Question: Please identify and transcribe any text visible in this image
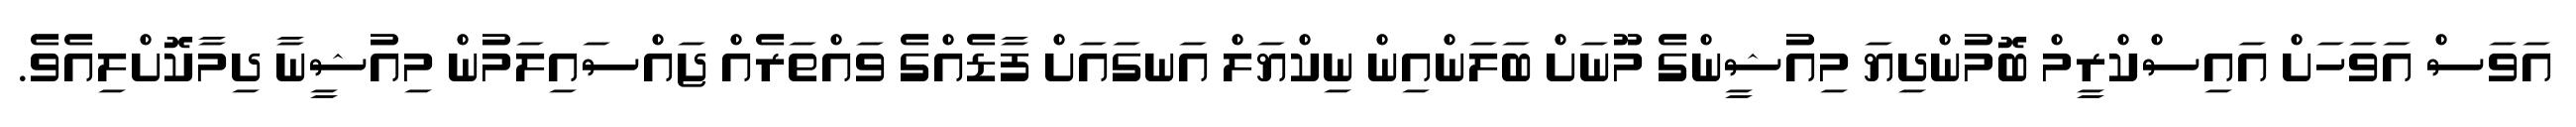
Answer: އަވަސް އަވަހަށް އައިސްކްރީމް ބޮމުންދިޔަ މިއުޝީންގެ މޫނަށް ބަލަންއިން ނިކްޔަލް އަނގައަށް ފާޑެއްގެ ވައްތަރެއް ޖައްސައިލަމުން މިއުޝީނާ ދިމާކޮށްލިއެވެ.